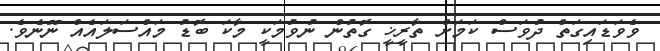
ވެވަޑައިގަތް ދުވަސް ކަމަށް ތާރީޚީ ގޮތުން ނުވުމަކީ މާކަ ބޮޑު މައްސަލައެއް ނޫނެވެ.